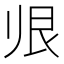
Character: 𱍭